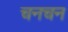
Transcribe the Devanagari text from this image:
चनचन